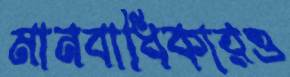
মানবাধিকারও